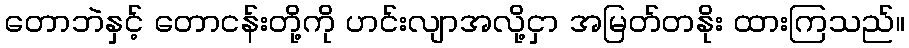
တောဘဲနှင့် တောငန်းတို့ကို ဟင်းလျာအလို့ငှာ အမြတ်တနိုး ထားကြသည်။